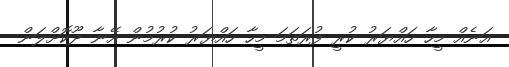
އަނެއް މީހާ ހައްޔަރު ކުރީ ފުރަތަމަ މީހާ ހައްޔަރު ކުރުމުން އޭނާ ދޫކޮށްލަން